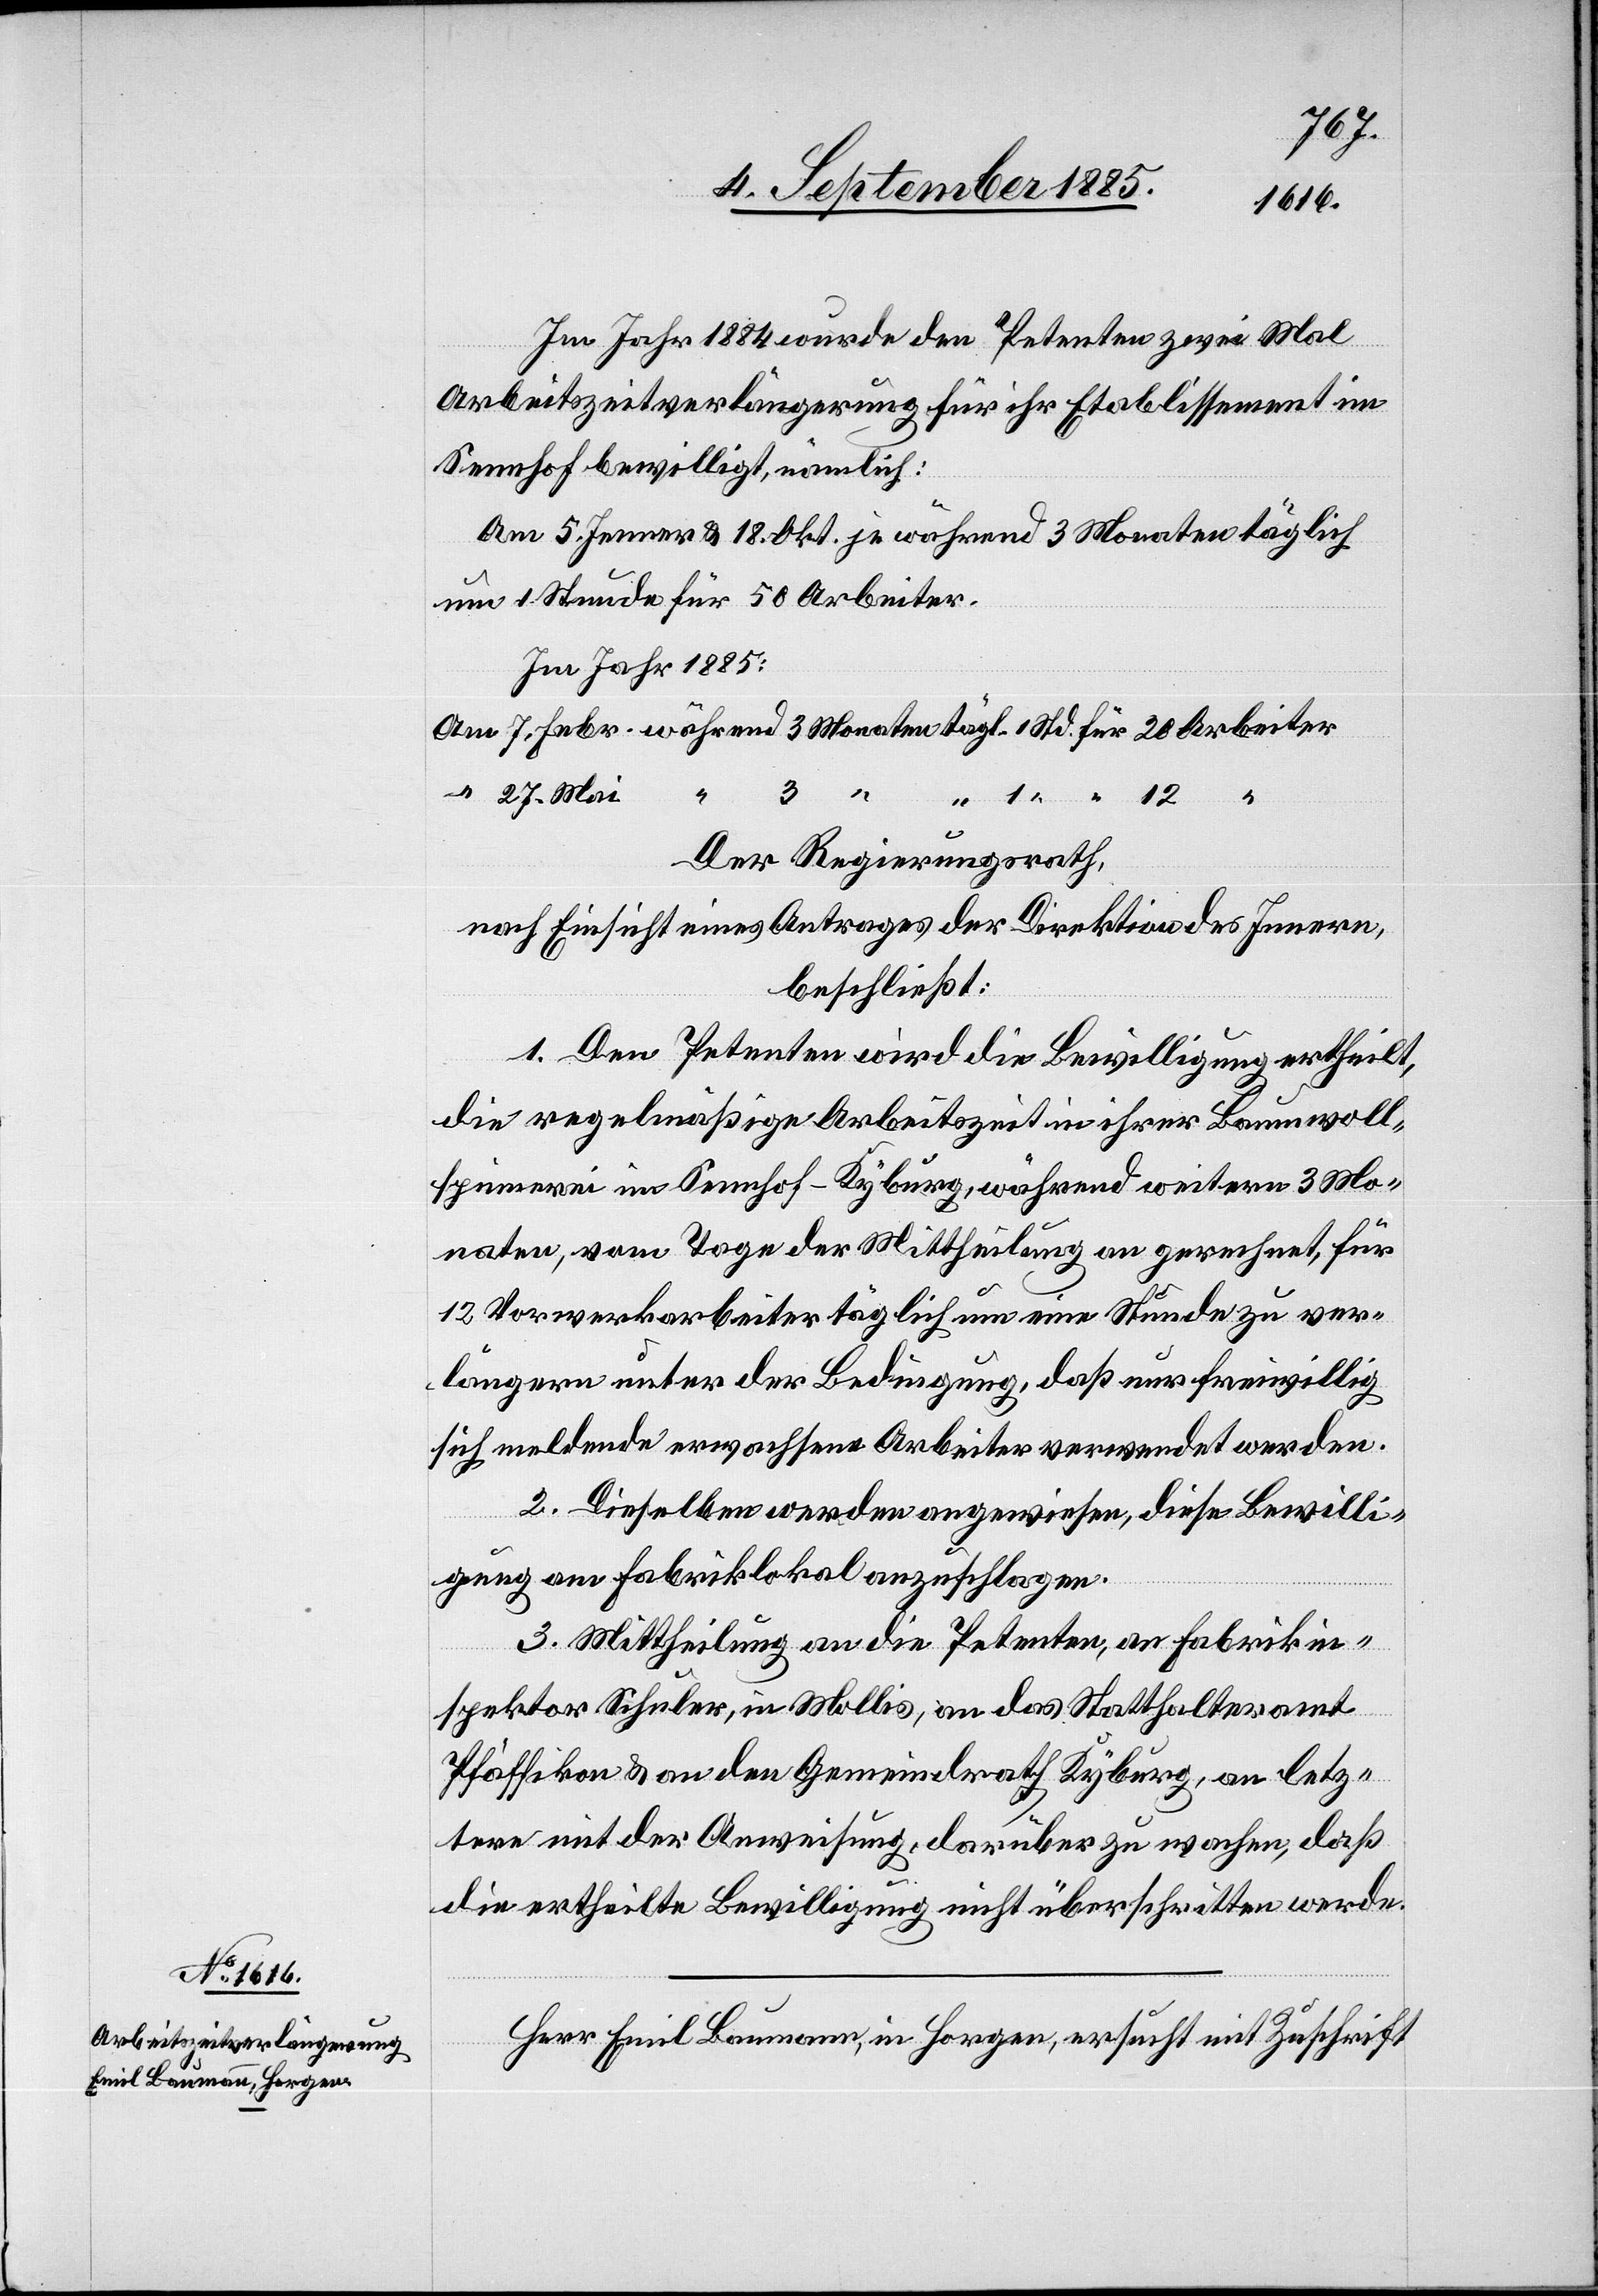
27.
Im Jahr 1884 wurde den Petenten zwei Mal
Mai
Arbeitszeitverlängerung für ihr Etablissement im
Sennhof bewilligt, nämlich:
Am 5. Jenner & 18. Okt. je während 3 Monaten täglich
um 1 Stunde für 50 Arbeiter.
Im Jahr 1885:
3
Der Regierungsrath,
nach Einsicht eines Antrages der Direktion des Innern,
beschließt:
1. Den Petenten wird die Bewilligung ertheilt,
die regelmäßige Arbeitszeit in ihrer Baumwoll¬
spinnerei im Sennhof - Kyburg, während weitern 3 Mo¬
naten, vom Tage der Mittheilung an gerechnet, für
12 Vorwerkarbeiter täglich um eine Stunde zu ver¬
längern unter der Bedingung, daß nur freiwillig
sich meldende erwachsene Arbeiter verwendet werden.
2. Dieselben werden angewiesen, diese Bewilli¬
gung am Fabriklokal anzuschlagen.
3. Mittheilung an die Petenten, an Fabrikin¬
eiter
spektor Schuler, in Mollis, an das Statthalteramt
Pfäffikon & an den Gemeindrath Kyburg, an letz¬
tern mit der Anweisung, darüber zu wachen, daß
die ertheilte Bewilligung nicht überschritten werde.
Herr Emil Baumann, in Horgen, ersucht mit Zuschrift